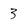
Character: 3